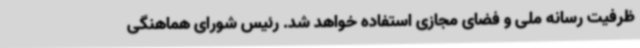
ظرفیت رسانه ملی و فضای مجازی استفاده خواهد شد. رئیس شورای هماهنگی